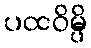
ပထဝိမ္ပိ